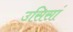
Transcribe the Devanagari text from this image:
उसिसां